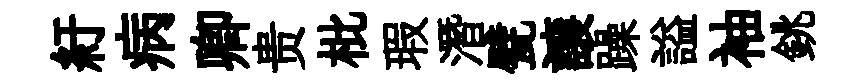
紆病卿贵枇瑕潛甓譲躁謚袖銚